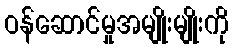
ဝန်ဆောင်မှုအမျိုးမျိုးကို